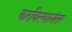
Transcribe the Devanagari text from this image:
करविल्यानंतर